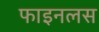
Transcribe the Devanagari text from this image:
फाइनलस